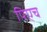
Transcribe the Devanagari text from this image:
पिएच